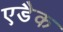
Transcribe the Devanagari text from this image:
एडैक